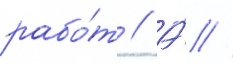
рабо́т // А́ //